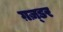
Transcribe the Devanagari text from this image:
ग़ज़्डर